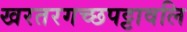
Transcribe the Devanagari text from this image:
खरतरगच्छपट्टावलि